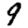
Digit: 9